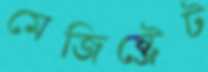
মেজিষ্ট্রেট